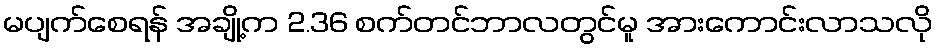
မပျက်စေရန် အချို့က 2.36 စက်တင်ဘာလတွင်မူ အားကောင်းလာသလို